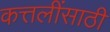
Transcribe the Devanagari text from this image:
कत्तलींसाठी